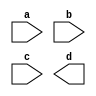
module mux2to1_gate(a,b,c,d);
 input a, b, c;
 output d;
 wire l,m,n;
 
 not e1(l,c);
 and a1(m,l,a);
 and a2(n,c,b);
 or o1(f,m,n);
endmodule

module testbench; 
reg [2:0]a; /*using loop*/
wire f; 
mux2to1_gate mux_gate (a[0],a[1],a[2],f); 
initial
begin
$dumpfile("test.vcd");
$dumpvars();
	$monitor(,$time," a=%b, b=%b, s=%b f=%b",a[0],a[1],a[2],f);
	#0 a =  3'b000;
	repeat(8)/*repeat the loop 8 times*/
	#8 a = a + 3'b001;/*after every 8s change the value of a, which in turn changes the value of a[0,1,2]. It runs for 8*8 = 64s */
	end
endmodule
/* a[2:0] multi(3) bit input; begin #0 a = 3'b000; repeat(8); #8 a=a+3'b000*/
/* iverilog -o first first.v -> first is the name of the executable; vvp first*/